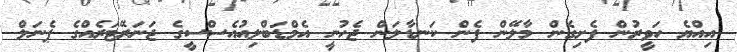
އިއްޔެ ހަވީރުން ފެށިގެން މާލޭން ފެން ކަނޑާލަން ޖެހުނީ އެމްޑަބްލިއުއެސްސީގެ ޖަނަރޭޓަރެއްގެ ޕެނަލް